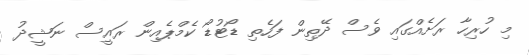
މި ހުރިހާ ރަށެއްގައި ވެސް ދޭތިން ފަހެތި ޑޯޓުޑޯ ކެމްޕެއިން ރައީސް ނަޝީދު